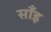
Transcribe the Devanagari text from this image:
साँइ